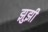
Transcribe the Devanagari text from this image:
झुझी